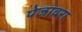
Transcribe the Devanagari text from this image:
पेजावरा